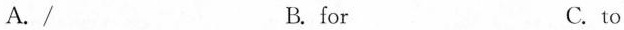
A./ B. for C. to